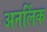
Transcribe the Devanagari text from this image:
अनलिंक